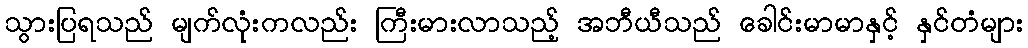
သွားပြရသည် မျက်လုံးကလည်း ကြီးမားလာသည့် အဘီယီသည် ခေါင်းမာမာနှင့် နှင်တံများ